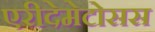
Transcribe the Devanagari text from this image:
एरीदेमेटोसस